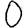
Digit: 0